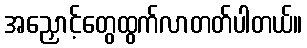
အညှောင့်တွေထွက်လာတတ်ပါတယ်။